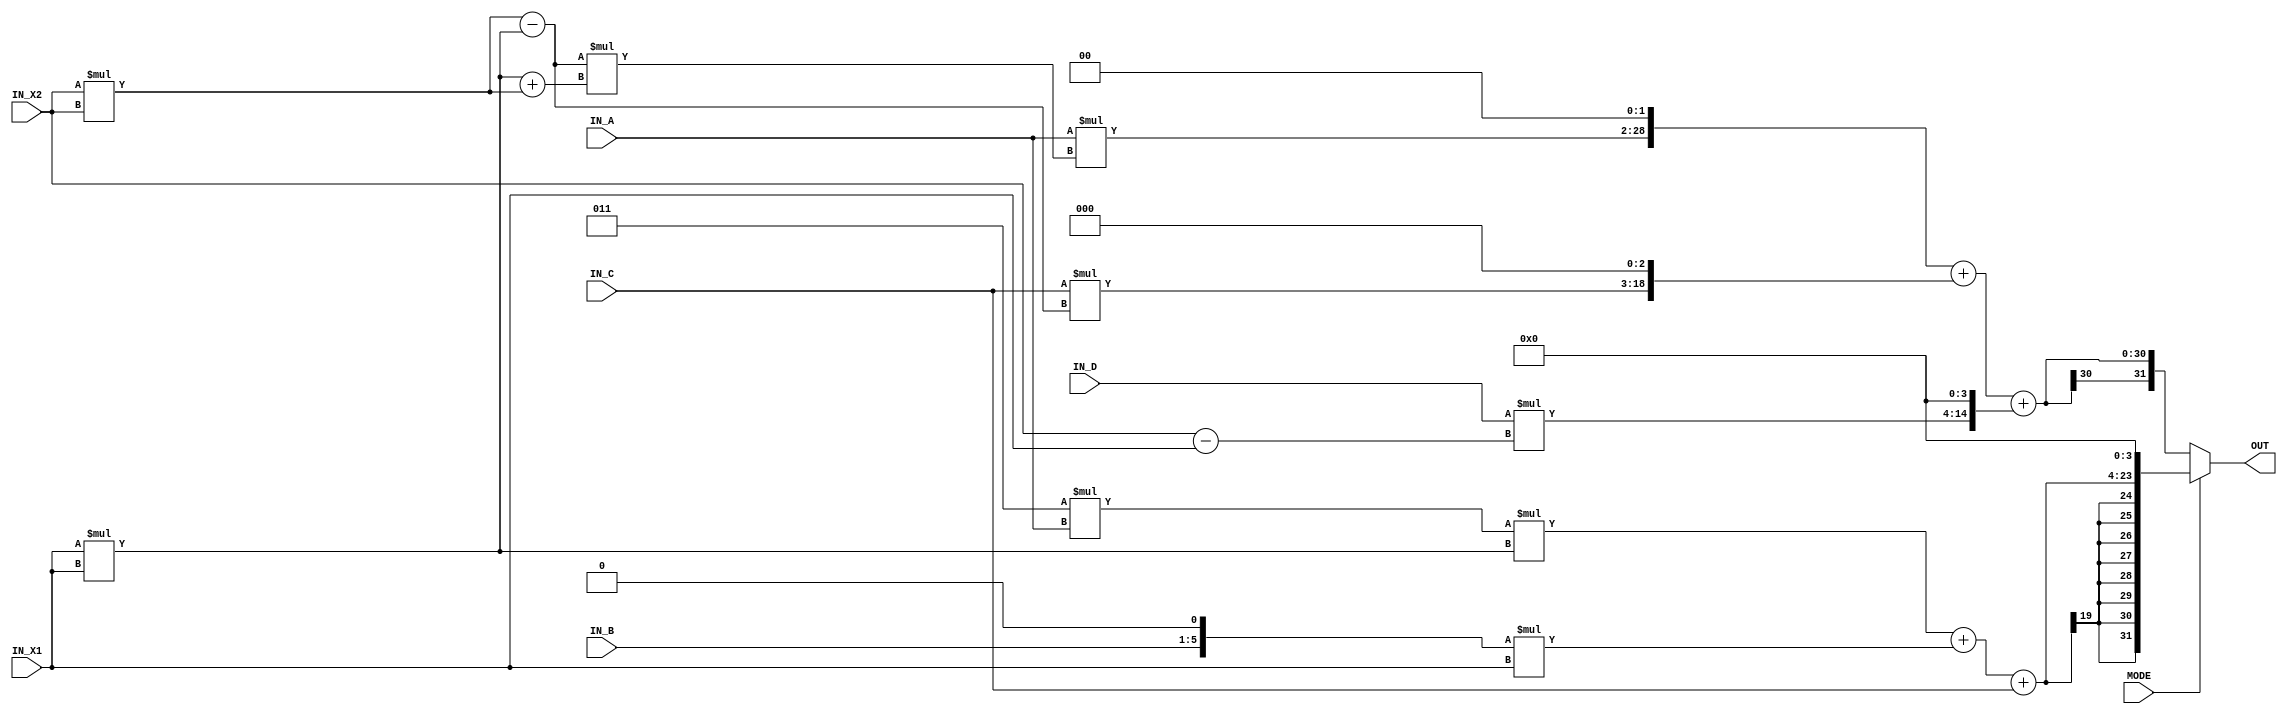
//############################################################################
//++++++++++++++++++++++++++++++++++++++++++++++++++++++++++++++++++++++++++++
//   (C) Copyright Laboratory System Integration and Silicon Implementation
//   All Right Reserved
//++++++++++++++++++++++++++++++++++++++++++++++++++++++++++++++++++++++++++++
//
//   ICLAB 2010 Spring
//   Lab02      : PID
//
//++++++++++++++++++++++++++++++++++++++++++++++++++++++++++++++++++++++++++++
//
//   Module Name : PID
//   Release version : V1.0 (Release Date: 2010-02)
//
//++++++++++++++++++++++++++++++++++++++++++++++++++++++++++++++++++++++++++++
//############################################################################

// by danielsig727, 2011 summer
module PID(//input
           MODE, 
           IN_A, 
           IN_B, 
           IN_C, 
           IN_D, 
           IN_X1, 
           IN_X2, 
           //output
           OUT);//, x12, x22, sqdiff, quadiff);
           
input  MODE;
input  signed[4:0] IN_A, IN_B, IN_C, IN_D;
input  signed[4:0] IN_X1, IN_X2;
output signed[31:0] OUT;//, x12, x22, sqdiff, quadiff;
/*
wire signed[31:0] x1l, x2l;
assign x1l = {{27{IN_X1[4]}}, IN_X1};
assign x2l = {{27{IN_X2[4]}}, IN_X2};
*/
wire signed[5:0] diff = IN_X2-IN_X1;

wire signed[11:0] x12, x22;
assign x12 = IN_X1 * IN_X1;
assign x22 = IN_X2 * IN_X2;

wire signed[12:0] sqdiff = x22-x12;

wire signed[25:0] quadiff = (sqdiff) * (x12+x22);

				
wire signed[31:0] out01 = IN_A*quadiff<< 4;
wire signed[31:0] tout01 = out01>>>2;//{{3{out01[27]}}, out01[26:0], 2'b00}; //((IN_A*quadiff<<4)>>>2)

wire signed[31:0] out02 = IN_C*sqdiff<<4;
wire signed[31:0] tout02 = out02>>>1;//{{2{out02[27]}}, out02[26:0], 3'b000}; //((IN_C*sqdiff<<4)>>>1)

wire signed[31:0] ans0 = (tout01 + tout02 + (IN_D*diff<<4));
wire signed[31:0] ans1 = ((3*IN_A) * x12 + (IN_B<<<1) * IN_X1 + IN_C)<<4;

wire signed[31:0] OUT = MODE ? ans1 : ans0;
/*					
wire signed[31:0] OUT = (MODE == 0) ? (tout01 + tout02 + (IN_D*diff<<4)) :
                           ((3*IN_A) * x12 + (IN_B<<<1) * x1l + IN_C)<<4;
*/
/*
wire signed[31:0] OUT = (MODE == 0) ? (((IN_A*quadiff<<4)>>>2) + ((IN_C*sqdiff<<4)>>>1) + (IN_D*diff<<4)) :
                           ((3*IN_A) * x12 + (IN_B<<<1) * x1l + IN_C)<<4;
*/						   
//wire signed[31:0] t = OUT[31:4];
//wire signed[31:0] t2 = ;
						   
endmodule